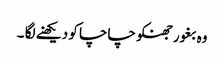
وہ بغور جھنکو چاچا کو دیکھنے لگا ۔